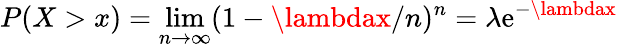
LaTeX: P(X>x)=\operatorname*{lim}_{n\to\infty}(1-\lambdax/n)^{n}=\lambda\mathrm{e}^{-\lambdax}